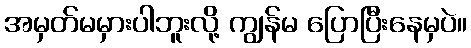
အမှတ်မမှားပါဘူးလို့ ကျွန်မ ပြောပြီးနေမှပဲ။